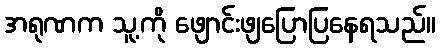
အရုဏက သူ့ကို ဖျောင်းဖျပြောပြနေရသည်။